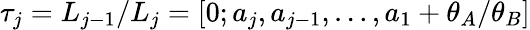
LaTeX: \tau_{j}=L_{j-1}/L_{j}=[0;a_{j},a_{j-1},\ldots,a_{1}+\theta_{A}/\theta_{B}]